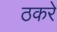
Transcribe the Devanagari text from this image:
ठकरे